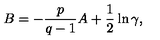
B = - \frac { p } { q - 1 } A + \frac 1 2 \ln \gamma ,